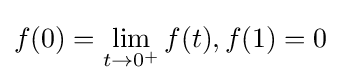
f(0)=\lim _{t\to 0^{+}}f(t),f(1)=0